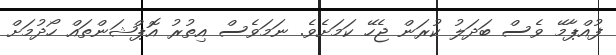
ފުއްޕާމޭ ވެސް ބަދަލު ކުރަން ޖެހޭ ކަމަށެވެ. ނަމަވެސް އިތުރު އޮޕްޝަންތައް ހޯދުމަށް